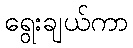
ရွေးချယ်ကာ